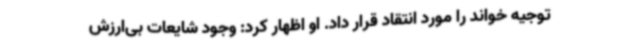
توجیه خواند را مورد انتقاد قرار داد. او اظهار کرد: وجود شایعات بی‌ارزش